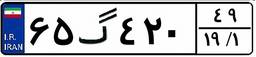
۶۵گ۴۲۰۴۹